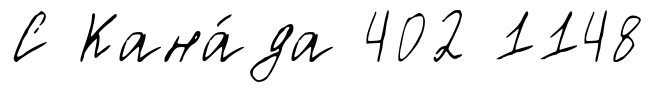
С Кана́да 402 1148